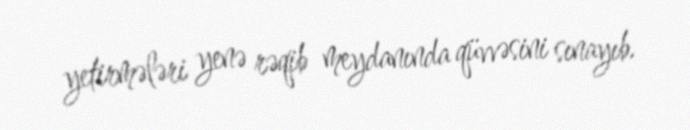
yetirmələri yenə rəqib meydanında qüvvəsini sınayıb.